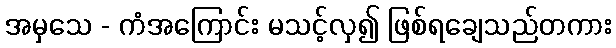
အမှသေ - ကံအကြောင်း မသင့်လှ၍ ဖြစ်ရချေသည်တကား